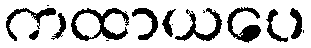
ကထာယပေ